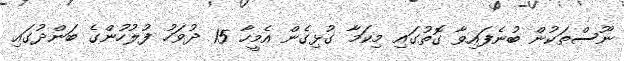
ނޫސްތަކުން ބުނެފައިވާ ގޮތުގައި މިކަމާ ގުޅިގެން އެމީހާ 15 ދުވަހު ފުލުހުންގެ ބަންދުގައި